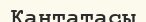
Кантатасы